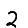
Digit: 2